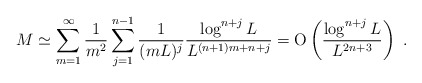
\begin{align*} M&\simeq \sum_{m=1}^{\infty} \frac 1{m^2} \sum_{j=1}^{n-1} \frac 1{(mL)^j}\frac{\log^{n+j} L}{L^{(n+1)m+n+j}}= \textrm{O}\left(\frac{\log^{n+j} L}{L^{2n+3}}\right)\ .\end{align*}